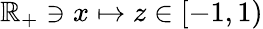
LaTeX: \mathbb{R}_{+}\ni x\mapsto z\in\left[-1,1\right)